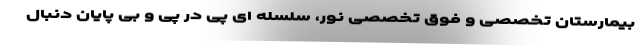
بیمارستان تخصصی و فوق تخصصی نور، سلسله ای پی در پی و بی پایان دنبال